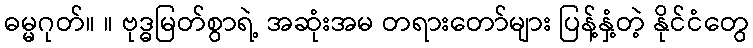
ဓမ္မဂုတ်။ ။ ဗုဒ္ဓမြတ်စွာရဲ့ အဆုံးအမ တရားတော်များ ပြန့်နှံ့တဲ့ နိုင်ငံတွေ